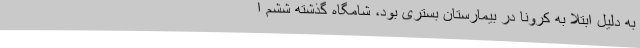
به دلیل ابتلا به کرونا در بیمارستان بستری بود، شامگاه گذشته ششم ا